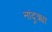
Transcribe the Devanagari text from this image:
नांदुक्र्या